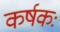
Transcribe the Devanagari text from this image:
कर्षकः